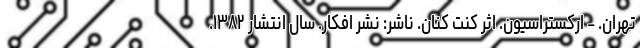
تهران. - ارکستراسیون. اثر کنت کنان. ناشر: نشر افکار. سال انتشار ۱۳۸۲.